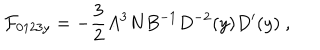
LaTeX: { \cal F } _ { 0 1 2 3 y } = - { \frac { 3 } { 2 } } A ^ { 3 } N B ^ { - 1 } D ^ { - 2 } ( y ) D ^ { \prime } ( y ) \ ,